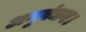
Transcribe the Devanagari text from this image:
अनुबंधन।